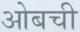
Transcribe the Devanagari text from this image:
ओबची